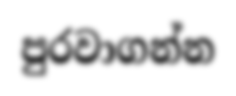
පුරවාගන්න